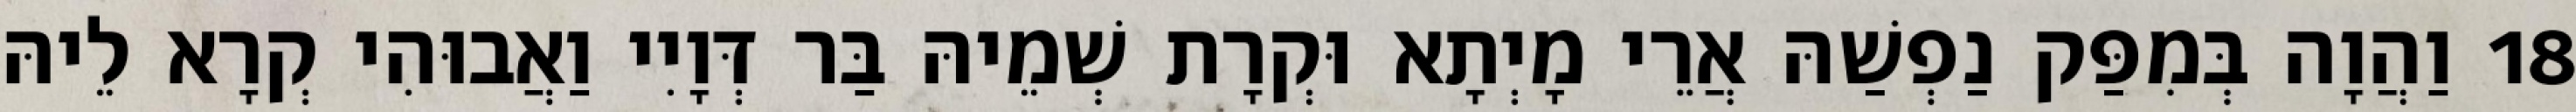
18 וַהֲוָה בְּמִפַּק נַפְשַׁהּ אֲרֵי מָיְתָא וּקְרָת שְׁמֵיהּ בַּר דְּוָיִי וַאֲבוּהִי קְרָא לֵיהּ